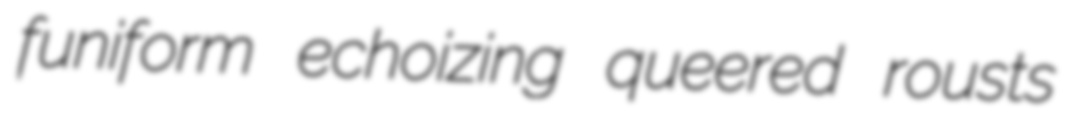
funiform echoizing queered rousts